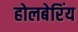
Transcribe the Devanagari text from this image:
होलबेरिंय